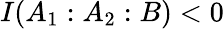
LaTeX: I(A_{1}:A_{2}:B)<0